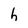
Character: h